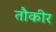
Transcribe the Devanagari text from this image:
तौकीर